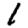
Digit: 1